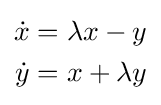
{\begin{aligned}{\dot {x}}&=\lambda x-y\\{\dot {y}}&=x+\lambda y\\\end{aligned}}